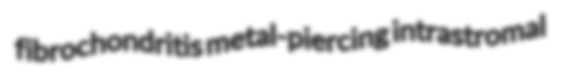
fibrochondritis metal-piercing intrastromal